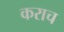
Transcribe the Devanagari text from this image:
कराच